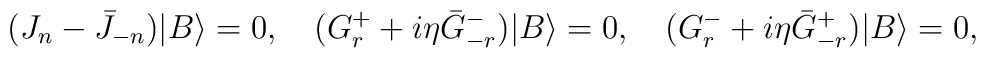
(J_n-\bar{J}_{-n})|B\rangle=0,\quad(G_r^++i\eta\bar{G}_{-r}^-)|B\rangle=0,\quad(G_r^-+i\eta\bar{G}_{-r}^+)|B\rangle=0,